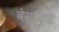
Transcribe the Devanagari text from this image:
वेस्टिड